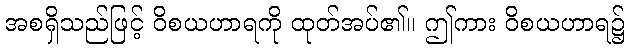
အစရှိသည်ဖြင့် ဝိစယဟာရကို ထုတ်အပ်၏။ ဤကား ဝိစယဟာရ၌